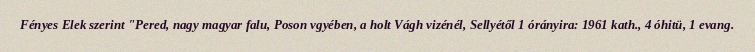
Fényes Elek szerint "Pered, nagy magyar falu, Poson vgyében, a holt Vágh vizénél, Sellyétől 1 órányira: 1961 kath., 4 óhitü, 1 evang.